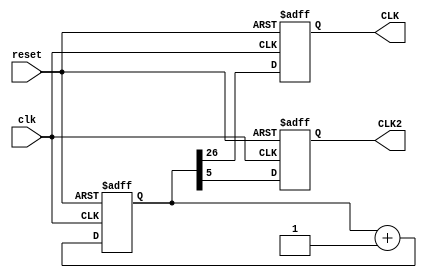
`timescale 1ns / 1ps
(* DONT_TOUCH = "true | yes " *)
module Time(clk,reset,CLK, CLK2); //W
    input clk,reset;
    output reg CLK, CLK2;
    reg [26:0]Count;
    
    always @(posedge clk or posedge reset) begin

        if (reset) begin
            Count <= 27'd0;
            CLK <= 1'b0; 
            CLK2 <= 1'b0;
        end
        
        /*else if(Count[26]==1'b1) begin
            Count <= 27'd0;
            CLK <= ~CLK ;
        end*/
        
        else begin
            Count <= Count+27'd1; 
            CLK2 <= Count[5];
            CLK <= Count[26];
        end

    end

endmodule